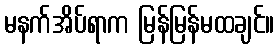
မနက်အိပ်ရာက မြန်မြန်မထချင်။